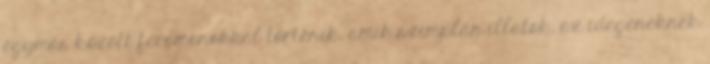
egymás között feromonokkal történik, amik szimplán illatok, az idegeneknek